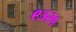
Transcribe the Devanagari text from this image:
९३२५